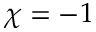
\chi = - 1